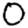
Digit: 0